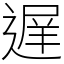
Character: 遅